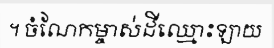
។ ចំណែកម្ចាស់ដីឈ្មោះឡាយ